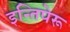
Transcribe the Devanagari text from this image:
इन्तिपेरू